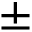
\pm